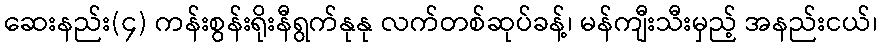
ဆေးနည်း(၄) ကန်းစွန်းရိုးနီရွက်နုနု လက်တစ်ဆုပ်ခန့်၊ မန်ကျီးသီးမှည့် အနည်းငယ်၊